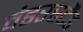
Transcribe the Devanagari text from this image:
वंडरस्टैंड